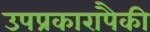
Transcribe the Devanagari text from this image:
उपप्रकारापैकी